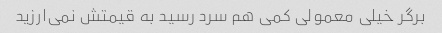
برگر خیلی معمولی کمی هم سرد رسید به قیمتش نمی‌ارزید